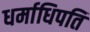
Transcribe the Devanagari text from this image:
धर्माधिपति